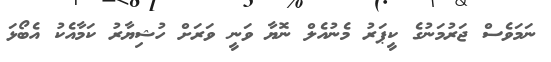
ނަމަވެސް ޖަރުމަނުގެ ކީޕަރު މެނުއެލް ނޮޔާ ވަނީ ވަރަށް ހުޝިޔާރު ކަމާއެކު އެބޯޅަ